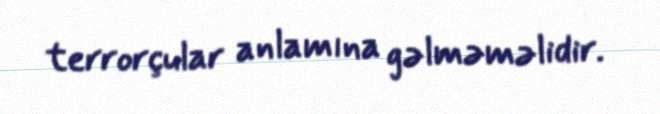
terrorçular anlamına gəlməməlidir.